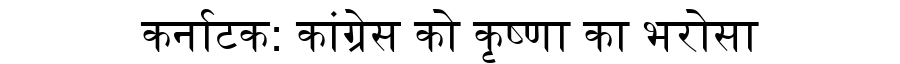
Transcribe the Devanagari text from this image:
कर्नाटक: कांग्रेस को कृष्णा का भरोसा